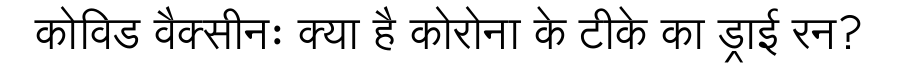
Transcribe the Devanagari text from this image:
कोविड वैक्सीनः क्या है कोरोना के टीके का ड्राई रन?